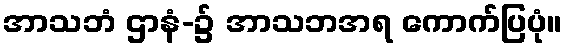
အာသဘံ ဌာနံ-၌ အာသဘအရ ကောက်ပြပုံ။